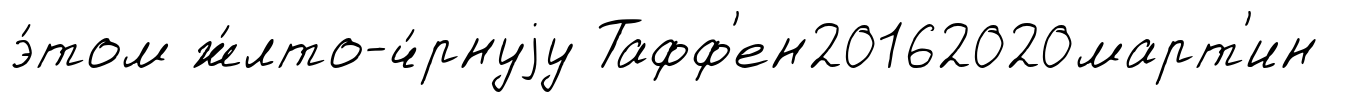
э́том ж́лто-ч́рнуjу Тафф'ен20162020март'ин